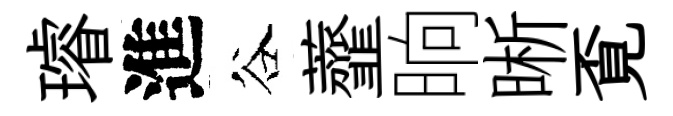
璿進谷虀晌晰覔